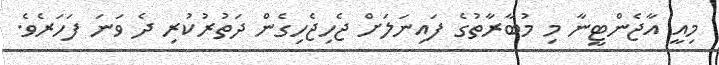
މިއީ އާޖެންޓީނާ މި މުބާރާތުގެ ފައިނަލަށް ޖެހިޖެހިގެން ދަތުރުކުރި ދެ ވަނަ ފަހަރެވެ.